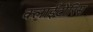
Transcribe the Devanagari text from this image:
क्लाईटोरिस